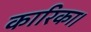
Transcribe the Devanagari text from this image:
कारिका।